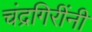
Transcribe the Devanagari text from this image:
चंद्रगिरींनी